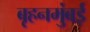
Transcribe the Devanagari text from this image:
बृहनमुंबई